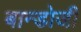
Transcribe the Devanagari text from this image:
बान्डोजी